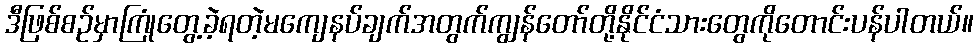
ဒီဖြစ်စဉ်မှာကြုံတွေ့ခဲ့ရတဲ့မကျေနပ်ချက်အတွက်ကျွန်တော်တို့နိုင်ငံသားတွေကိုတောင်းပန်ပါတယ်။